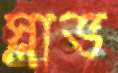
স্লাভ